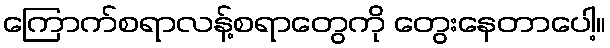
ကြောက်စရာလန့်စရာတွေကို တွေးနေတာပေါ့။